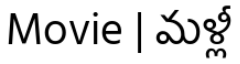
Movie | మళ్లీ